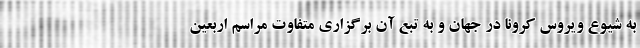
به شیوع ویروس کرونا در جهان و به تبع آن برگزاری متفاوت مراسم اربعین